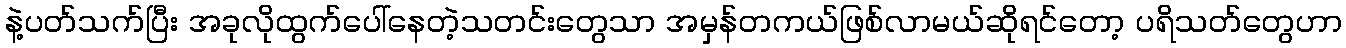
နဲ့ပတ်သက်ပြီး အခုလိုထွက်ပေါ်နေတဲ့သတင်းတွေသာ အမှန်တကယ်ဖြစ်လာမယ်ဆိုရင်တော့ ပရိသတ်တွေဟာ